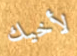
لأخيك